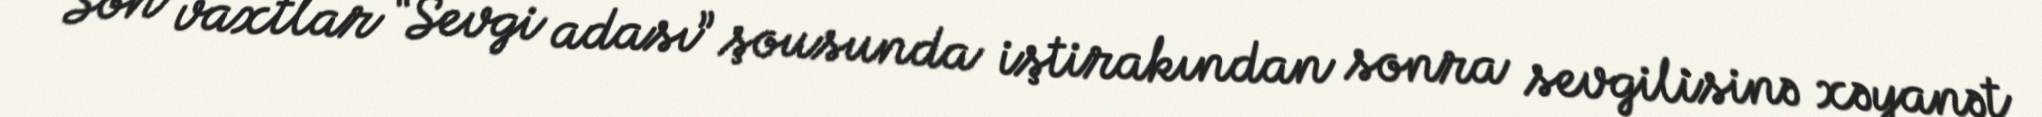
Son vaxtlar “Sevgi adası” şousunda iştirakından sonra sevgilisinə xəyanət